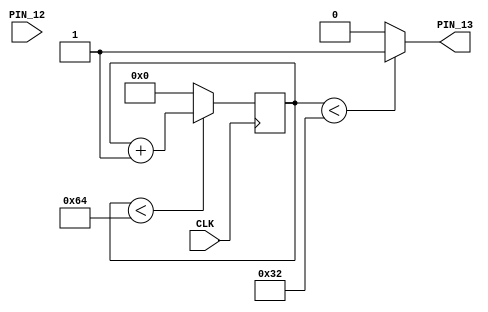
module top (
    input CLK,
    output PIN_13,
    input PIN_12
);
  reg [7:0] counter = 0;
  reg [7:0] dutycycle = 50;


  always @(posedge CLK)
  begin
    if (counter <100) counter <= counter + 1;
    else counter <= 0;

  end

  assign PIN_13 = (counter<dutycycle) ? 1:0;
endmodule